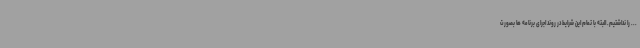
... را نداشتیم. البته با تمام این شرایط در روند اجرای برنامه ها بصورت